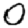
Digit: 0